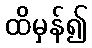
ထိမှန်၍